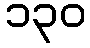
၁၃၀